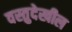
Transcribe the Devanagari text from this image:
वस्तुदेखील